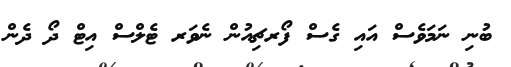
ބުނި ނަމަވެސް އައި ގެސް ފޯރޗިއުން ނެވަރ ޓެލްސް އިޓް ދޯ ދެން